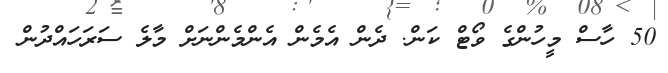
50 ހާސް މީހުންގެ ވޯޓް ކަން. ދެން އެމެން އެންމެންނަށް މާލެ ސަރަހައްދުން